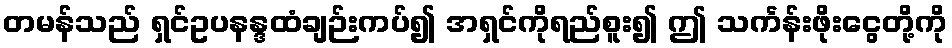
တမန်သည် ရှင်ဥပနန္ဒထံချဉ်းကပ်၍ အရှင်ကိုရည်စူး၍ ဤ သင်္ကန်းဖိုးငွေတို့ကို